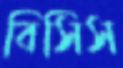
বিসিস